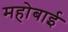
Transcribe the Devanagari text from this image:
महोबाई